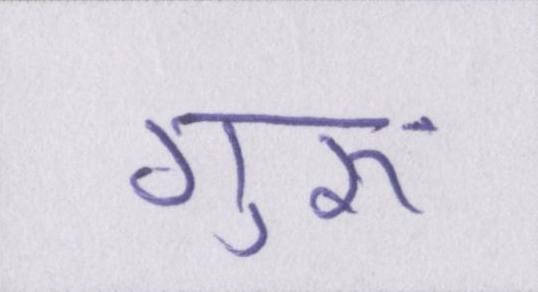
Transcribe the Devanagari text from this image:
गुरुॱ